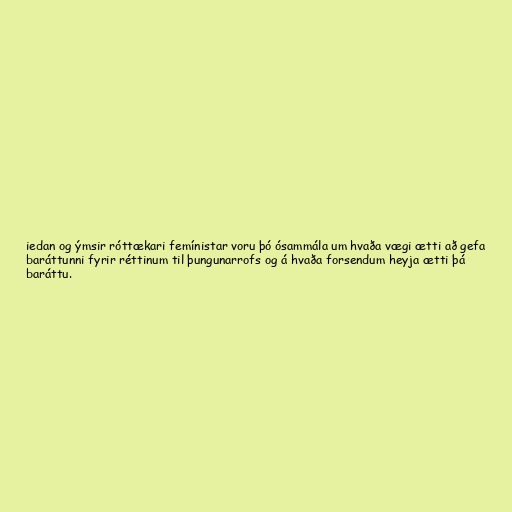
iedan og ýmsir róttækari femínistar voru þó ósammála um hvaða vægi ætti að gefa
baráttunni fyrir réttinum til þungunarrofs og á hvaða forsendum heyja ætti þá
baráttu.